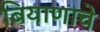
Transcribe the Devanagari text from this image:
बियाणाचे